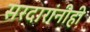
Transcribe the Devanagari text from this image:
सरदारांनीही